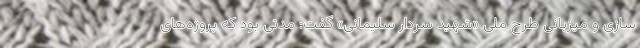
سازی و میزبانی طرح ملی «شهید سردار سلیمانی» گفت: مدتی بود که پروژه‌های